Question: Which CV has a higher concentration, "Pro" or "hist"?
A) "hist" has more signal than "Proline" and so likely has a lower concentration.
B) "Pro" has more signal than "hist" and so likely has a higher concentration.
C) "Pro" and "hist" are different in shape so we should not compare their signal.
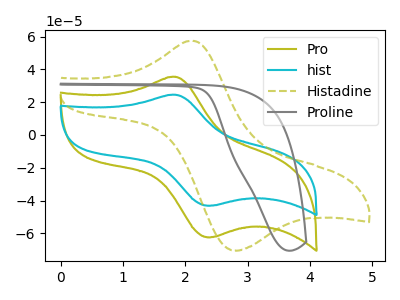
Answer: <think>The olive curve "Pro" has an anodic peak at (1.85V, 35.40uA) and a cathodic peak at (2.40V, -62.30uA). The cyan curve "hist" has an anodic peak at (1.85V, 24.50uA) and a cathodic peak at (2.40V, -43.10uA). The olive dashed curve "Histadine" has an anodic peak at (2.10V, 57.45uA) and a cathodic peak at (2.85V, -70.50uA). The gray curve "Proline" has no peaks.
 All the peaks in "Pro" have a peak in "hist" at the same potential. Every peak in "Pro" is higher than every peak in "hist".</think>
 <answer>B) "Pro" has more signal than "hist" and so likely has a higher concentration.</answer>
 <eval>B</eval>